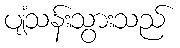
ပျံသန်းသွားသည်